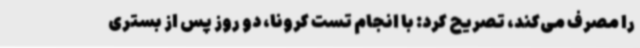
را مصرف می‌کند، تصریح کرد: با انجام تست کرونا، دو روز پس از بستری